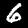
Digit: 6